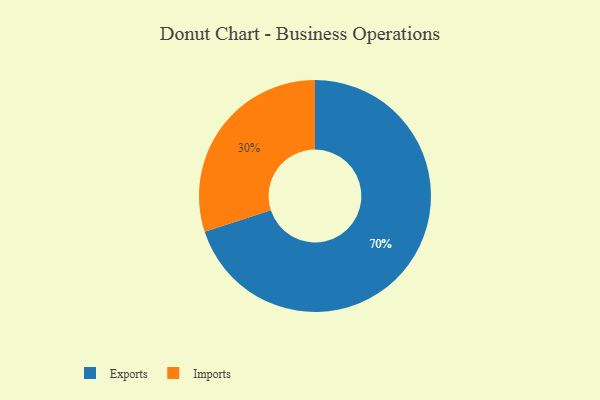
{"axis": {"x": "Category", "y": "Percentage"}, "legend": ["Exports", "Imports"], "data": [{"x": "Exports", "y": 70, "type": "Exports"}, {"x": "Imports", "y": 30, "type": "Imports"}]}